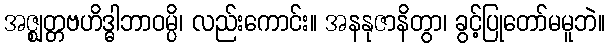
အဇ္ဈတ္တဗဟိဒ္ဓါဘာဝမ္ပိ၊ လည်းကောင်း။ အနနုဇာနိတွာ၊ ခွင့်ပြုတော်မမူဘဲ။